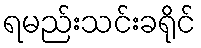
ရမည်းသင်းခရိုင်